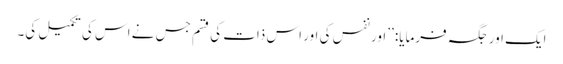
ایک اور جگہ فرمایا: ’’اور نفس کی اور اس ذات کی قسم جس نے اس کی تکمیل کی۔